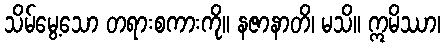
သိမ်မွေ့သော တရားစကားကို။ နဇာနာတိ၊ မသိ။ ဣမိဿာ၊